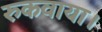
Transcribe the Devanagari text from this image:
रुकवाया।